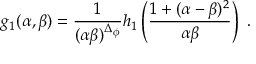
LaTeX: g _ { 1 } ( \alpha , \beta ) = \frac { 1 } { ( \alpha \beta ) ^ { \Delta _ { \phi } } } h _ { 1 } \left( \frac { 1 + ( \alpha - \beta ) ^ { 2 } } { \alpha \beta } \right) ~ .